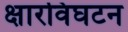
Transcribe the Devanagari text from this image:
क्षारविघटन